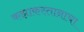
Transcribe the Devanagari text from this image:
कझाकस्तानाचा